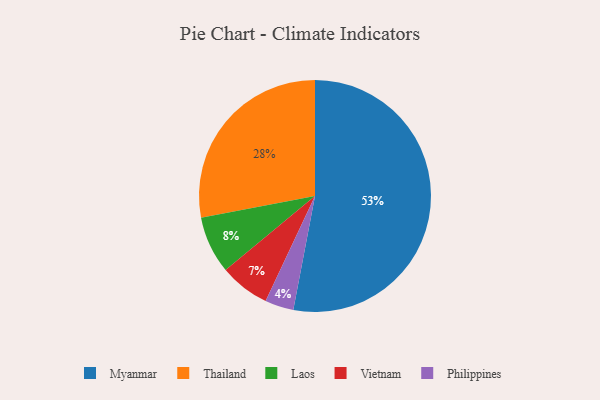
{"axis": {"x": "Category", "y": "Percentage"}, "legend": ["Laos", "Myanmar", "Philippines", "Thailand", "Vietnam"], "data": [{"x": "Laos", "y": 8, "type": "Laos"}, {"x": "Vietnam", "y": 7, "type": "Vietnam"}, {"x": "Myanmar", "y": 53, "type": "Myanmar"}, {"x": "Thailand", "y": 28, "type": "Thailand"}, {"x": "Philippines", "y": 4, "type": "Philippines"}]}